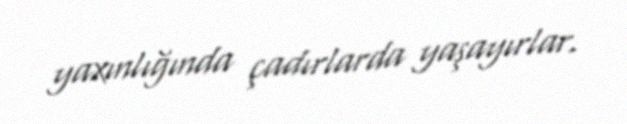
yaxınlığında çadırlarda yaşayırlar.